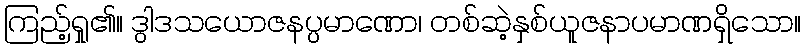
ကြည့်ရှု၏။ ဒွါဒသယောဇနပ္ပမာဏော၊ တစ်ဆဲ့နှစ်ယူဇနာပမာဏရှိသော။